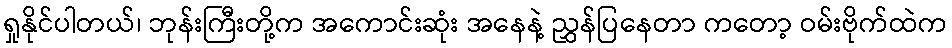
ရှုနိုင်ပါတယ်၊ ဘုန်းကြီးတို့က အကောင်းဆုံး အနေနဲ့ ညွှန်ပြနေတာ ကတော့ ဝမ်းဗိုက်ထဲက